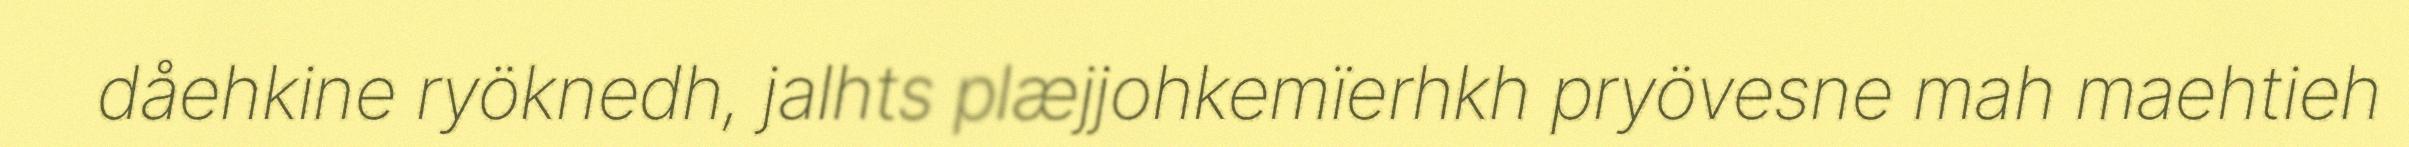
dåehkine ryöknedh, jalhts plæjjohkemïerhkh pryövesne mah maehtieh